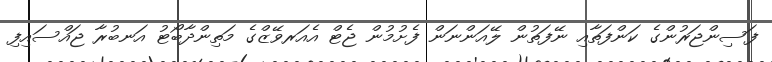
ފަސިންޖަރުންގެ ކަންފަތާއި ނޭފަތުން ލޭއަންނަން ފެށުމުން ޖެޓް އެއަރވޭޒްގެ މަތިންދާބޯޓު އަނބުރާ ޖައްސައިފި